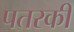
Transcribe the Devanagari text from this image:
पतरकी